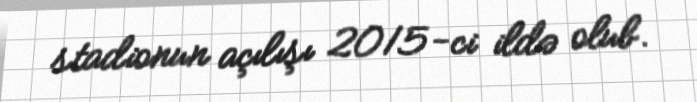
stadionun açılışı 2015-ci ildə olub.